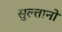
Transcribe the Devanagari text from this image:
सुल्‍तानों